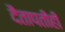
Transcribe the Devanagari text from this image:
दैतापतीही